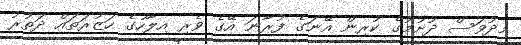
މިދުވަސް ދުށުމުގެ ކުރިން އޭނަގެ ފުރާނަ އޭގެ ވެރި އިލާހުގެ ހަޒުރަތައް ދަތުރު